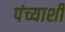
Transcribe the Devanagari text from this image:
पंच्याशी